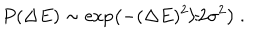
LaTeX: P ( \Delta E ) \sim \exp \left( - ( \Delta E ) ^ { 2 } / 2 \sigma ^ { 2 } \right) \ .